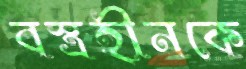
বস্ত্রহীনকে